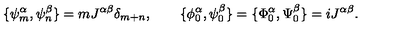
\{ \psi _ { m } ^ { \alpha } , \psi _ { n } ^ { \beta } \} = m J ^ { \alpha \beta } \delta _ { m + n } , \qquad \{ \phi _ { 0 } ^ { \alpha } , \psi _ { 0 } ^ { \beta } \} = \{ \Phi _ { 0 } ^ { \alpha } , \Psi _ { 0 } ^ { \beta } \} = i J ^ { \alpha \beta } .